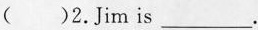
( )2.Jim is___.